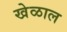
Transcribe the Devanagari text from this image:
खेळाल